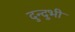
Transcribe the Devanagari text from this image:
दुन्दुभी